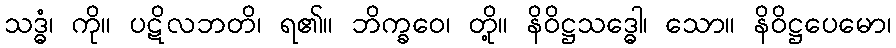
သဒ္ဓံ၊ ကို။ ပဋိလဘတိ၊ ရ၏။ ဘိက္ခဝေ၊ တို့။ နိဝိဋ္ဌသဒ္ဓေါ၊ သော။ နိဝိဋ္ဌပေမော၊